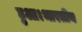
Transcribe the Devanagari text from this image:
हुआ।भारतीय